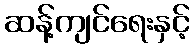
ဆန့်ကျင်ရေးနှင့်